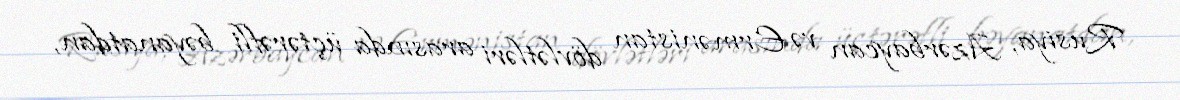
Rusiya, Azərbaycan və Ermənistan dövlətləri arasında üçtərəfli bəyanatdan,